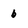
Character: b